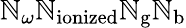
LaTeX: \mathbb{N}_{\omega}\mathbb{N}_{\mathrm{{ionized}}}\mathbb{N}_{\mathrm{{g}}}\mathbb{N}_{\mathrm{{b}}}